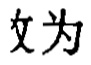
文为